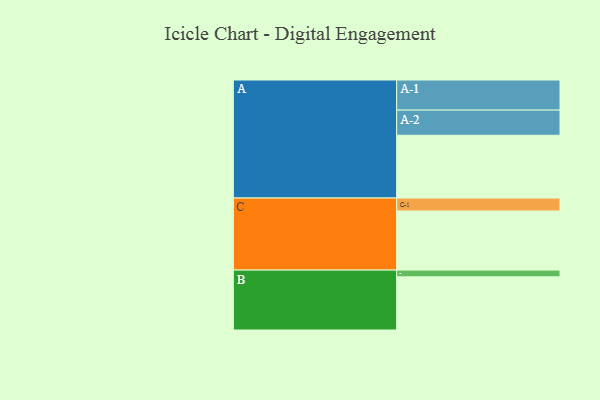
{"axis": {"x": "Segment", "y": "Value"}, "legend": ["", "A", "B", "C"], "data": [{"x": "A", "y": 567, "type": ""}, {"x": "B", "y": 480, "type": ""}, {"x": "C", "y": 534, "type": ""}, {"x": "A-1", "y": 272, "type": "A"}, {"x": "A-2", "y": 227, "type": "A"}, {"x": "B-1", "y": 61, "type": "B"}, {"x": "C-1", "y": 117, "type": "C"}]}